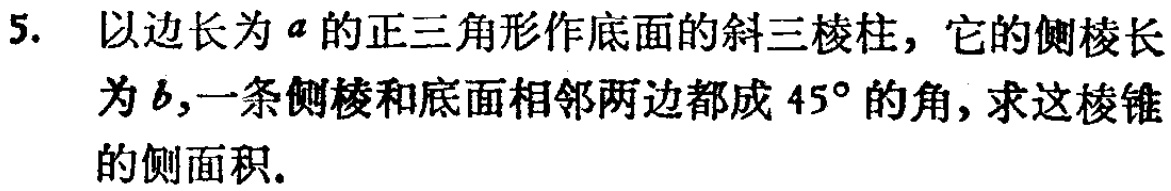
5. 以边长为\(a\)的正三角形作底面的斜三棱柱，它的侧棱长为\(b\)，一条侧棱和底面相邻两边都成\(45^{\circ}\)的角，求这棱锥的侧面积.